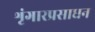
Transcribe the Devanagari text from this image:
शृंगारप्रसाधन